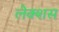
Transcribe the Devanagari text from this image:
लेक्शस